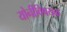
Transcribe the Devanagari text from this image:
योनीविषयक